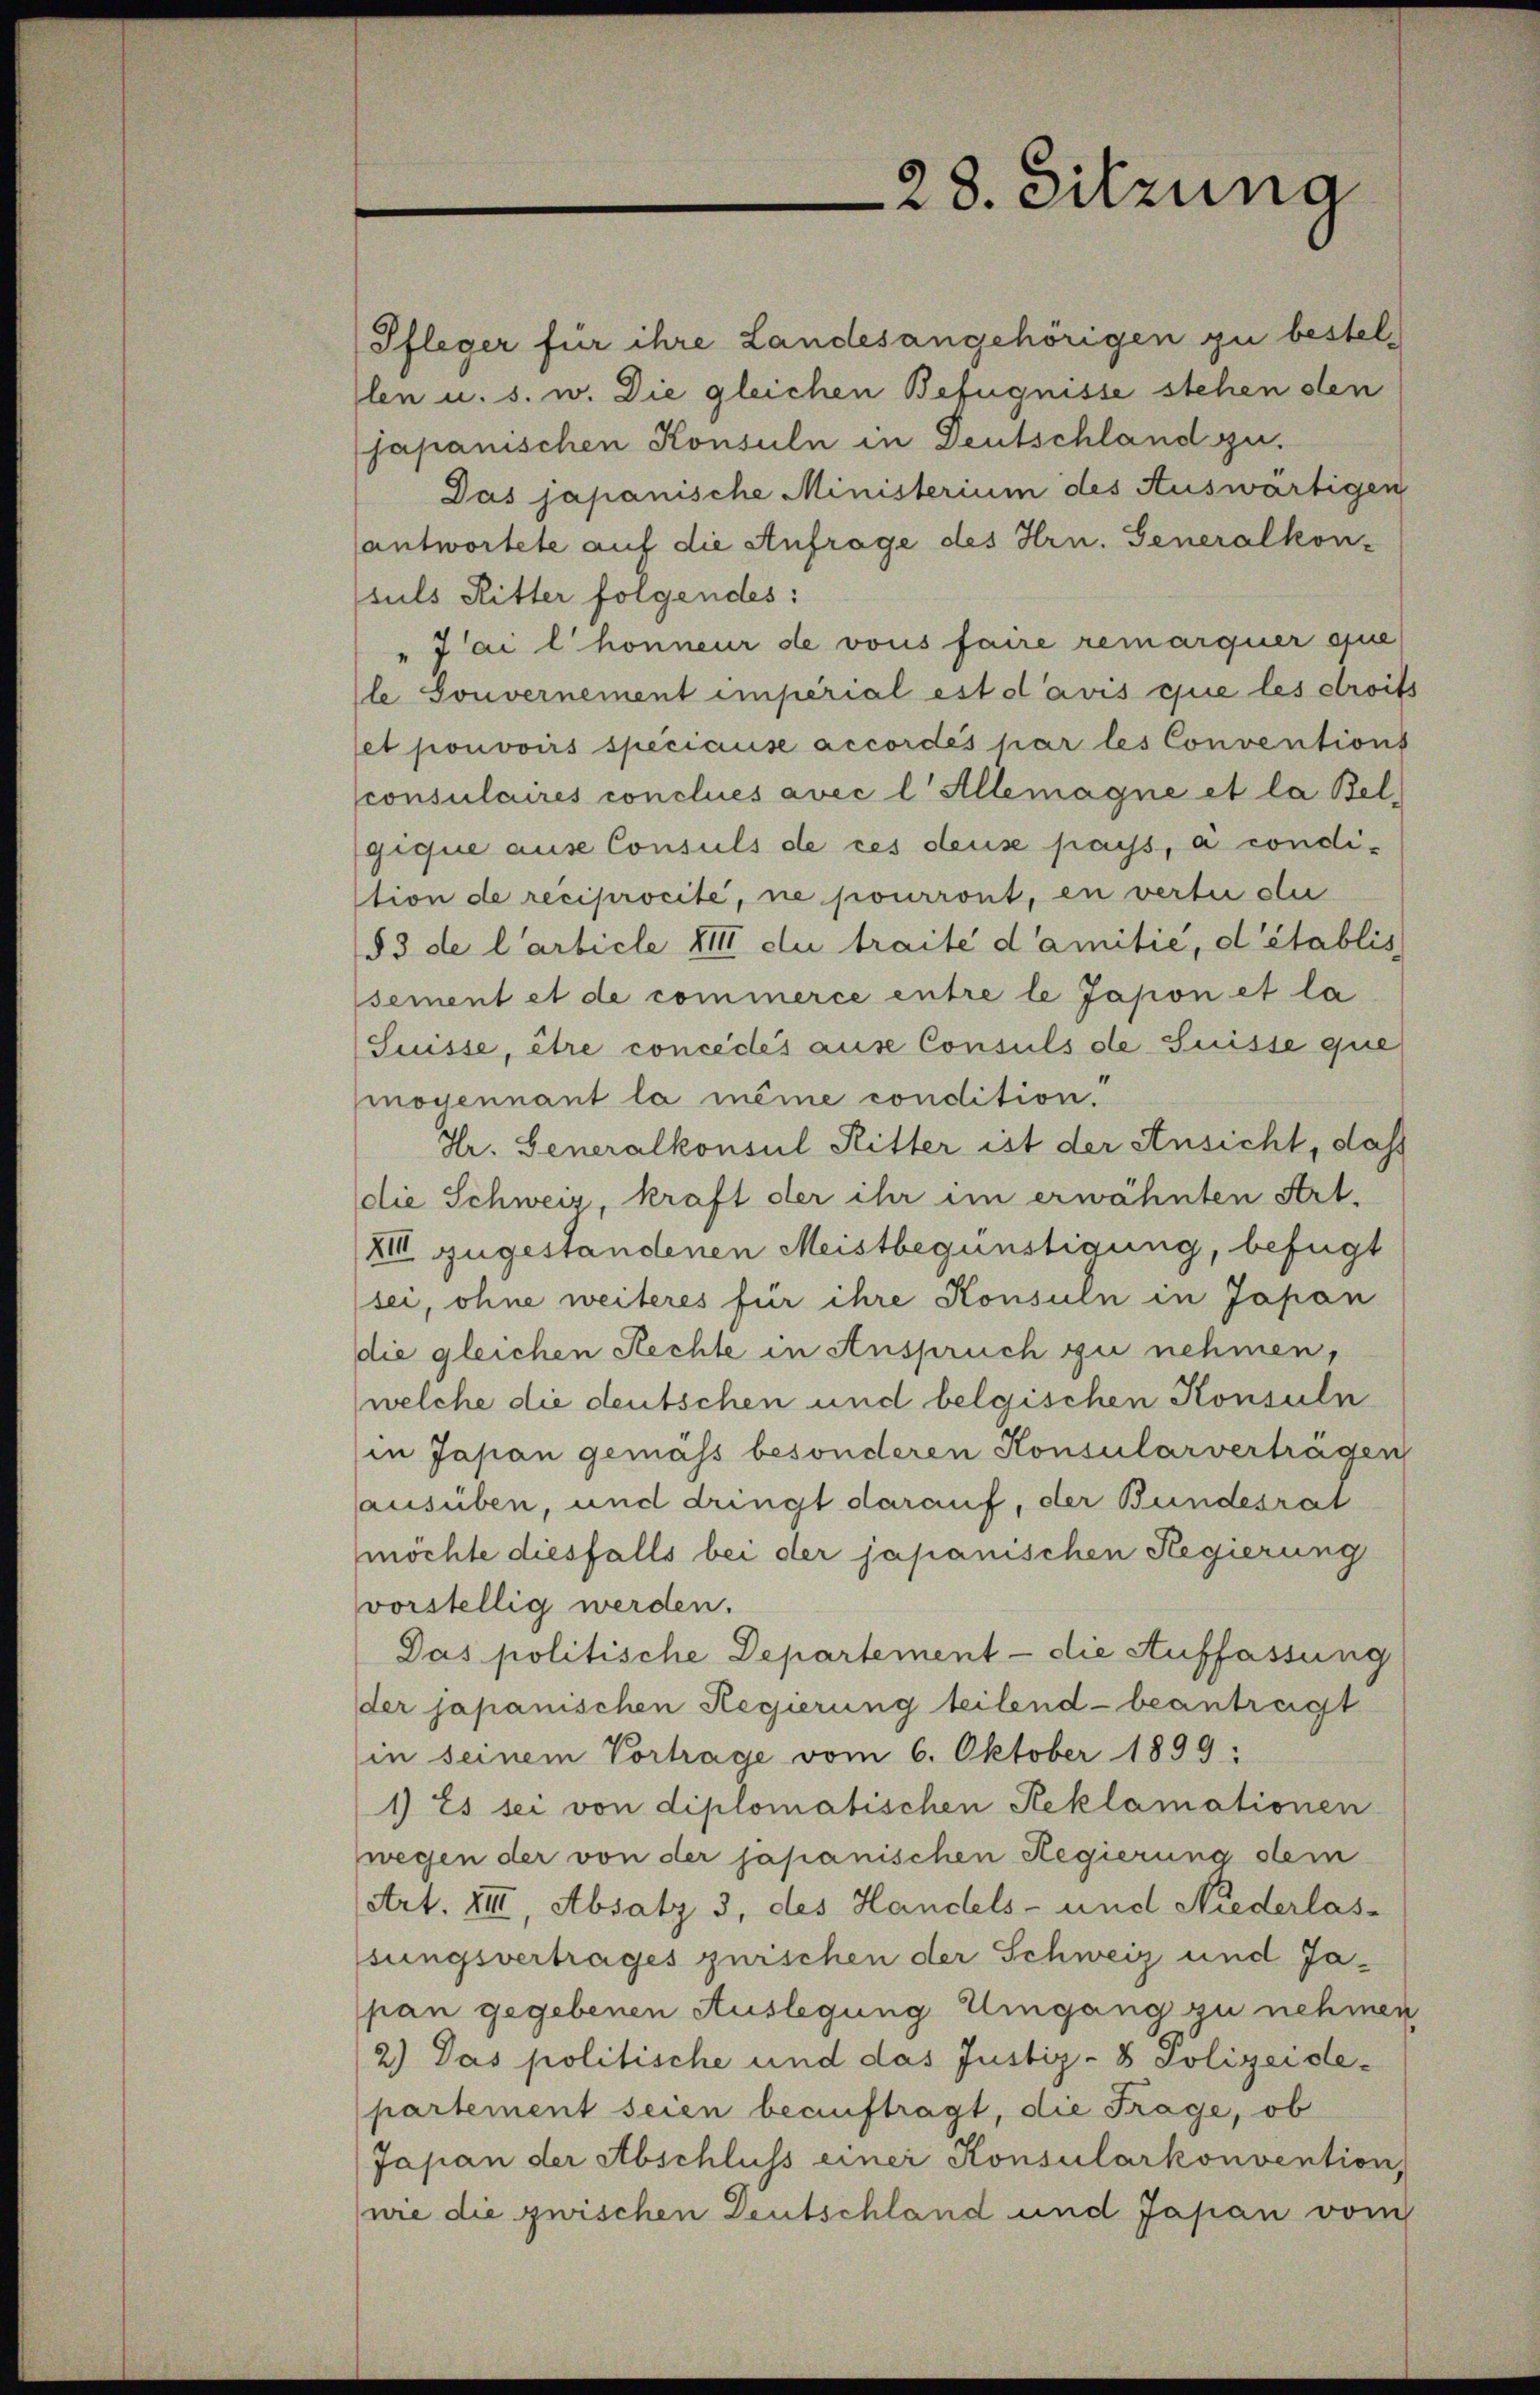
28. Sitzung

Pfleger für ihre Landesangehörigen zu bestellen u. s. w. Die gleichen Befugnisse stehen den
Japanischen Konsuln in Deutschland gu
Das japanische Ministerium des Auswärtigen
antwortete auf die Anfrage des Hrn. Generalkon-
suls Ritter folgendes:
"Jai l. honneur de vous faire remarquer que
l Souvernement imperial est d’avis que les droits
et pouvoirs speciause accordés par les Conventions
consulaires conclues avec l Allemagne et la Bel
gique ause Consuls de ces deus pays, à condi-
tion de reciprocité, ne pourront, en verte der
§ 3 de l’article XIII du traité d’amilie, d’établis
sement et de commerce entre le Jasion et la
Suisse, être concédés ause Consuls de Suisse que
oyennant la même condition.
Hr. Generalkonsul Ritter ist der Ansicht, daß
die Schweiz, kraft der ihr im erwähnten Art.
XIII zugestandenen Meistbegünstigung, befügt
sei, ohne weiteres für ihre Konsuln in Japan
die gleichen Rechte in Anspruch zu nehmen,
welche die deutschen und belgischen Konsuln
in Japan gemäss besonderen Konsularverträgen
ausüben, und dringt darauf, der Bundesrat
möchte diesfalls bei der japanischen Regierung
svorstellig werden.
Das politische Departement - die Auffassung
der japanischen Regierung teilend beantragt
in seinem Vortrage vom 6. Oktober 1899:
1) Es sei von diplomatischen Reklamationen
wegen der von der japanischen Regierung stem
(Art. XIII, Absatz 3, des Handels- und Niederlas-
sungsvertrages zwischen der Schweiz und Japan gegebenen Auslegung Umgang zu nehmen
2.) Das politische und das Justiz- & Polizeide-
partement seien beauftragt, die Frage, ob
Japan der Abschluss einer Konsularkonvention,
wie die zwischen Deutschland und Japan vom